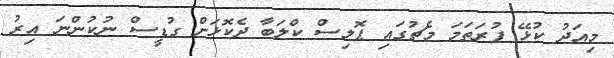
މިއަދު ކުޅޭ ފުރަތަމަ މެޗުގައި ޕޮލިސް ކްލަބާ ދެކޮޅަށް ގުޑީސް ނުކުންނަ އިރު